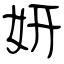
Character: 妍